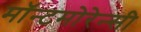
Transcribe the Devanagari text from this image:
मॉन्टमोरेन्सी